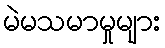
မဲမသမာမှုများ